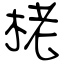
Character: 栳